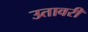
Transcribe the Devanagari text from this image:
उतावरी